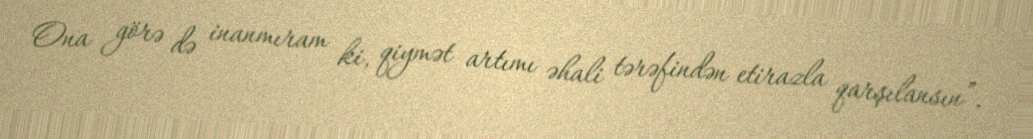
Ona görə də inanmıram ki, qiymət artımı əhali tərəfindən etirazla qarşılansın”.